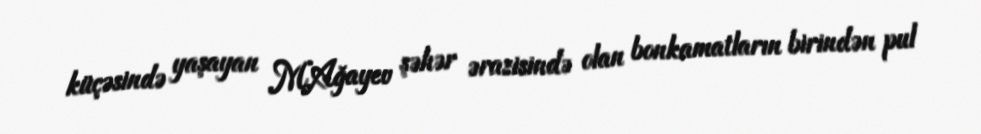
küçəsində yaşayan M.Ağayev şəhər ərazisində olan bonkamatların birindən pul